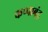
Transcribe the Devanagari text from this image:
कप्पाब्ंद्